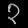
Digit: ၃